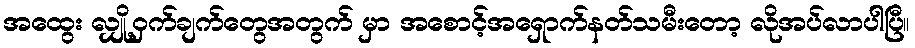
အထွေး လျှို့ဝှက်ချက်တွေအတွက် မှာ အစောင့်အရှောက်နတ်သမီးတော့ လိုအပ်လာပါပြီ။